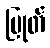
ပြုတ်